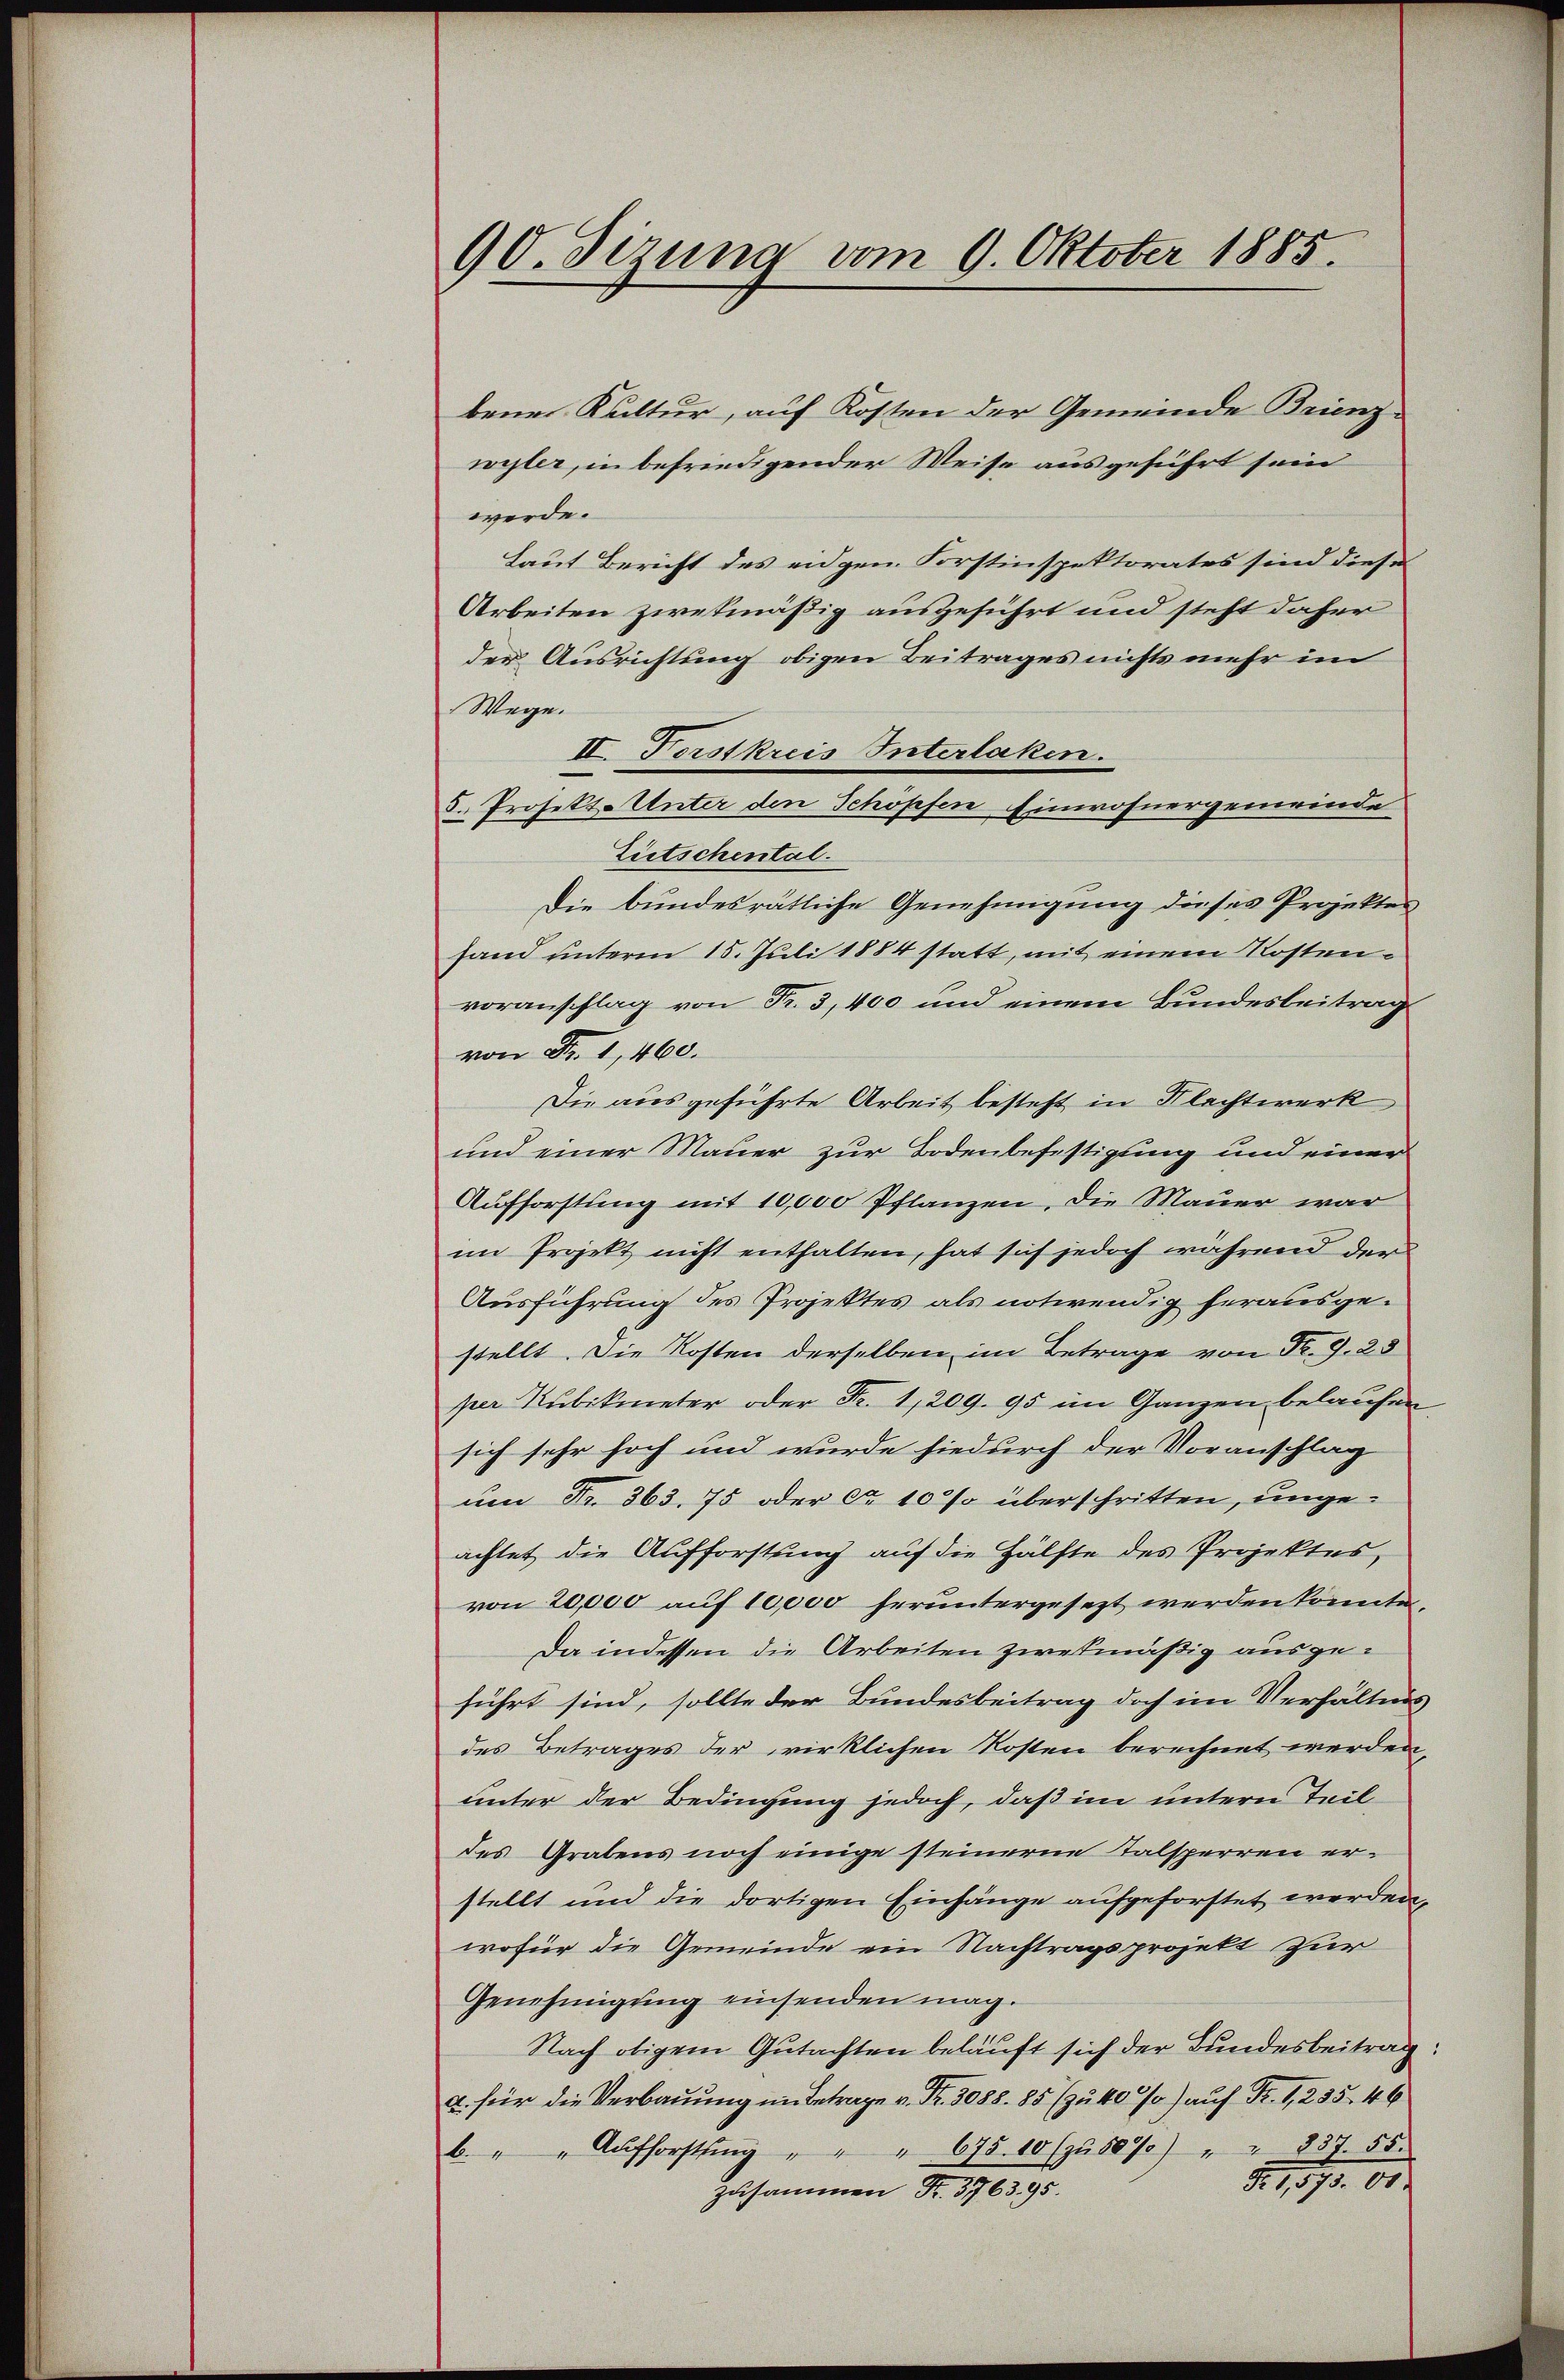
90. Sizung vom 9. Oktober 1885.

bene Kultur, auf Kosten der Gemeinde Brienz-
wyler, in befriedigender Weise ausgeführt sein
werde.
Laut Bericht des eidgen. Forstinspektorates sind diese
Arbeiten zwekmäßig ausgeführt und steht daher
der Ausrichtung obigen Beitrages nichts mehr im
Wege.
II. Forstkreis Interlaken.
5. Projekt. Unter den Schöpfen Einwohnergemeinde
Lietschental
Die bundesrätliche Genehmigung dieses Projektes
fand unterm 15. Juli 1884 statt, mit einem Kostenvoranschlag von Fr. 3, 400 und einem Bundesbeitrag
von Fr. 1, 460.
Die ausgeführte Arbeit besteht in Flechtwerk
und einer Mauer zur Bodenbefestigung und einer
Aufforstung mit 10,000 Pflanzen. Die Mauer war
im Projekt nicht enthalten, hat sich jedoch während der
Ausführung des Projektes als notwendig herausgestellt. Die Kosten derselben im Betrage von Nr. 9. 25
per Kubikmeter oder Fr. 1,209. 95 im Ganzen belaufen
sich sehr hoch und wurde hiedurch der Voranschlag
um Nr. 363. 75 oder ca 10 % überschritten, ungeachtet die Aufforstung auf die Hälfte des Projektes,
von 20,000 auf 10,000 heruntergesezt werden könnte.
Da indessen die Arbeiten zwekmäßig ausgeführt sind, sollte der Bundesbeitrag doch im Verhältnis
des Betrages der wirklichen Kosten berechnet werden,
unter der Bedingung jedoch, daß im untern Teil-
des Grabens noch einige steinerne Talsperren erstellt und die dortigen Einhänge aufgeforstet werden,
wofür die Gemeinde ein Nachtragsprojekt zur
Genehmigung einsenden mag.
Nach obigem Gutachten beläuft sich der Bundesbeitrag:
a. für die Verbauung im Betrage v. Fr. 5088. 85 (zu 40%) auf Fr. 1, 235. 46
b. " " Aufforstung " " " 675. 10 (zu 50%) " " 837. 55.
8. 1870. 81.
zusammen Fr. 3763. 95.